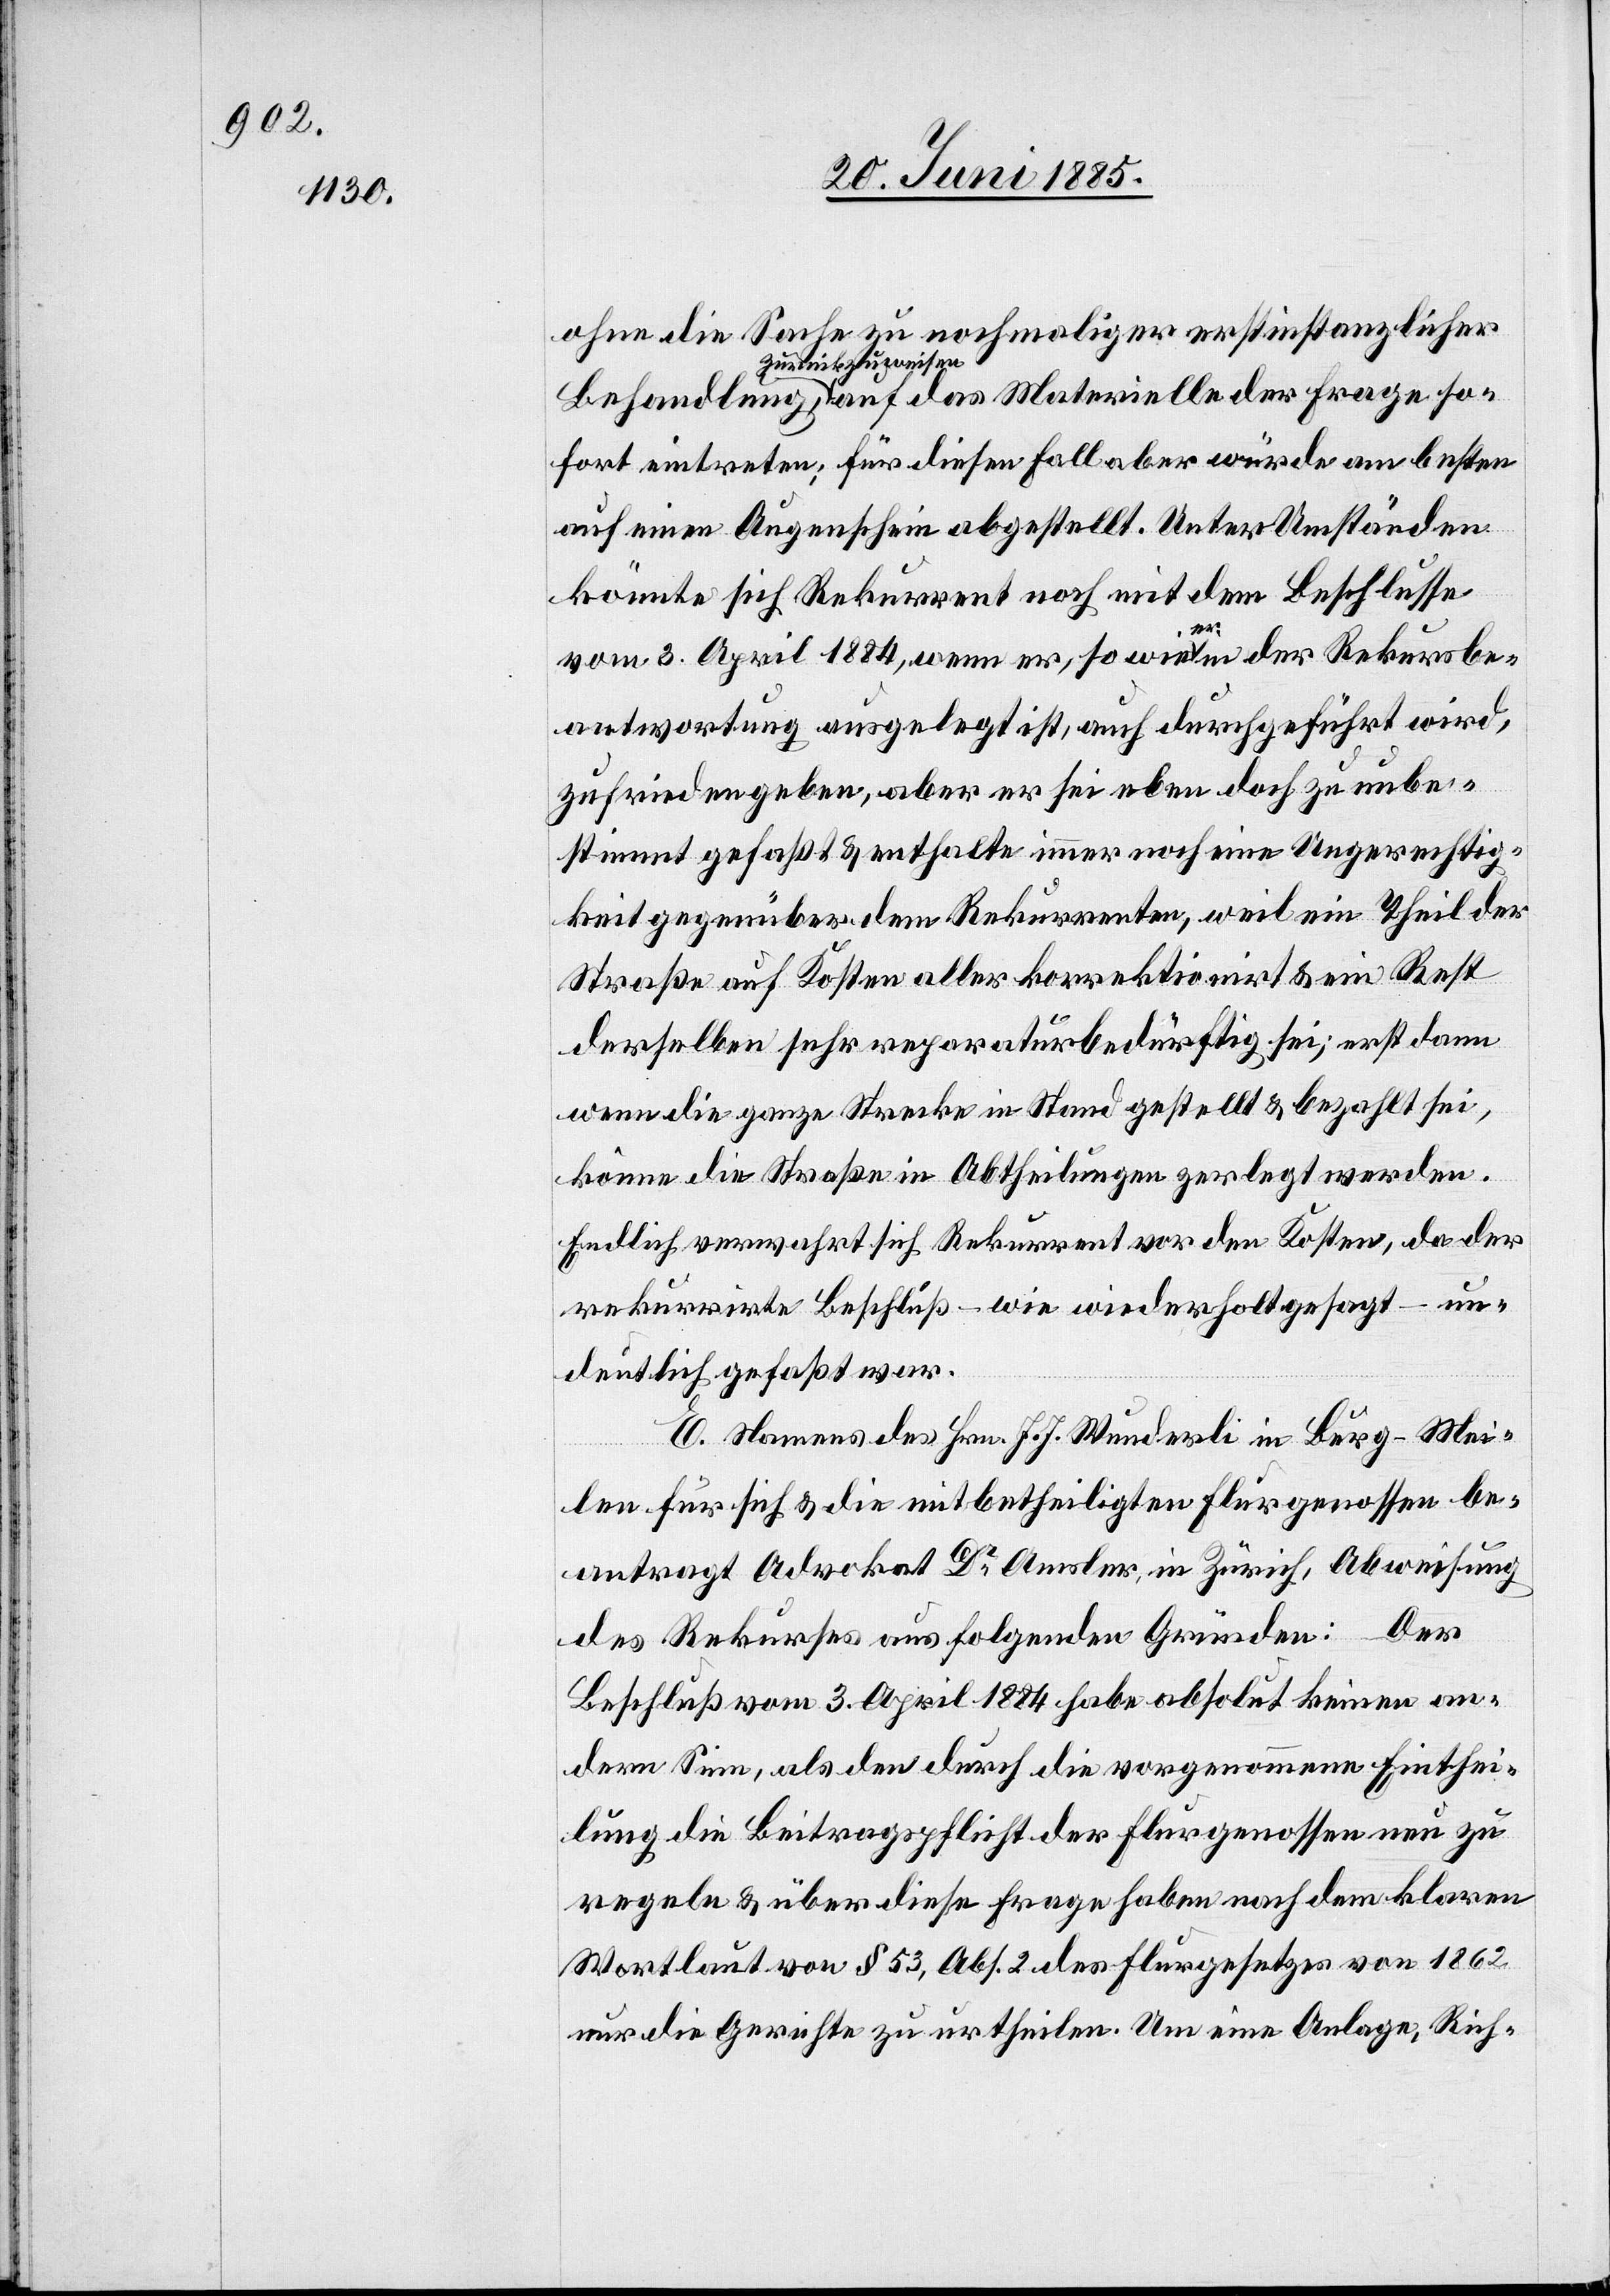
ohne die Sache zu nochmaliger erstinstanzlicher
zurückzuweisen,
fort eintreten; für diesen Fall aber würde am besten
auf einen Augenschein abgestellt. Unter Umständen
könnte sich Rekurrent noch mit dem Beschlusse
der
vom 3. April 1884, wenn er, so wie er in der Rekursbe¬
antwortung ausgelegt ist, auch durchgeführt wird,
zufrieden geben, aber er sei eben doch zu unbe¬
stimmt gefaßt & enthalte immer noch eine Ungerechtig¬
keit gegenüber dem Rekurrenten, weil ein Theil der
Straße auf Kosten aller korrektionirt & ein Rest
derselben sehr reparaturbedürftig sei; erst dann
wenn die ganze Strecke in Stand gestellt & bezahlt sei,
kann die Straße in Abtheilungen zerlegt werden.
Endlich verwahrt sich Rekurrent vor den Kosten, da der
rekurrirte Beschluß – wie wiederholt gesagt – un¬
deutlich gefaßt war.
E. Namens des Hrn. J. J. Wunderli in Burg - Mei¬
Frage so¬
len für sich & die betheiligten Flurgenossen be¬
antragt Advokat Dr Amsler, in Zürich, Abweichung
des Rekurses aus folgenden Gründen: Der
Beschluß vom 3. April 1884 habe absolut keinen an¬
dern Sinn, als den durch die vorgenommene Einthei¬
lung die Beitragspflicht der Flurgenossen neu zu
regeln & über diese Frage haben nach dem klaren
Wortlaut von § 53, Abs. 2 des Flurgesetzes von 1862
nur die Gerichte zu urtheilen. Um eine Anlage, Rich-